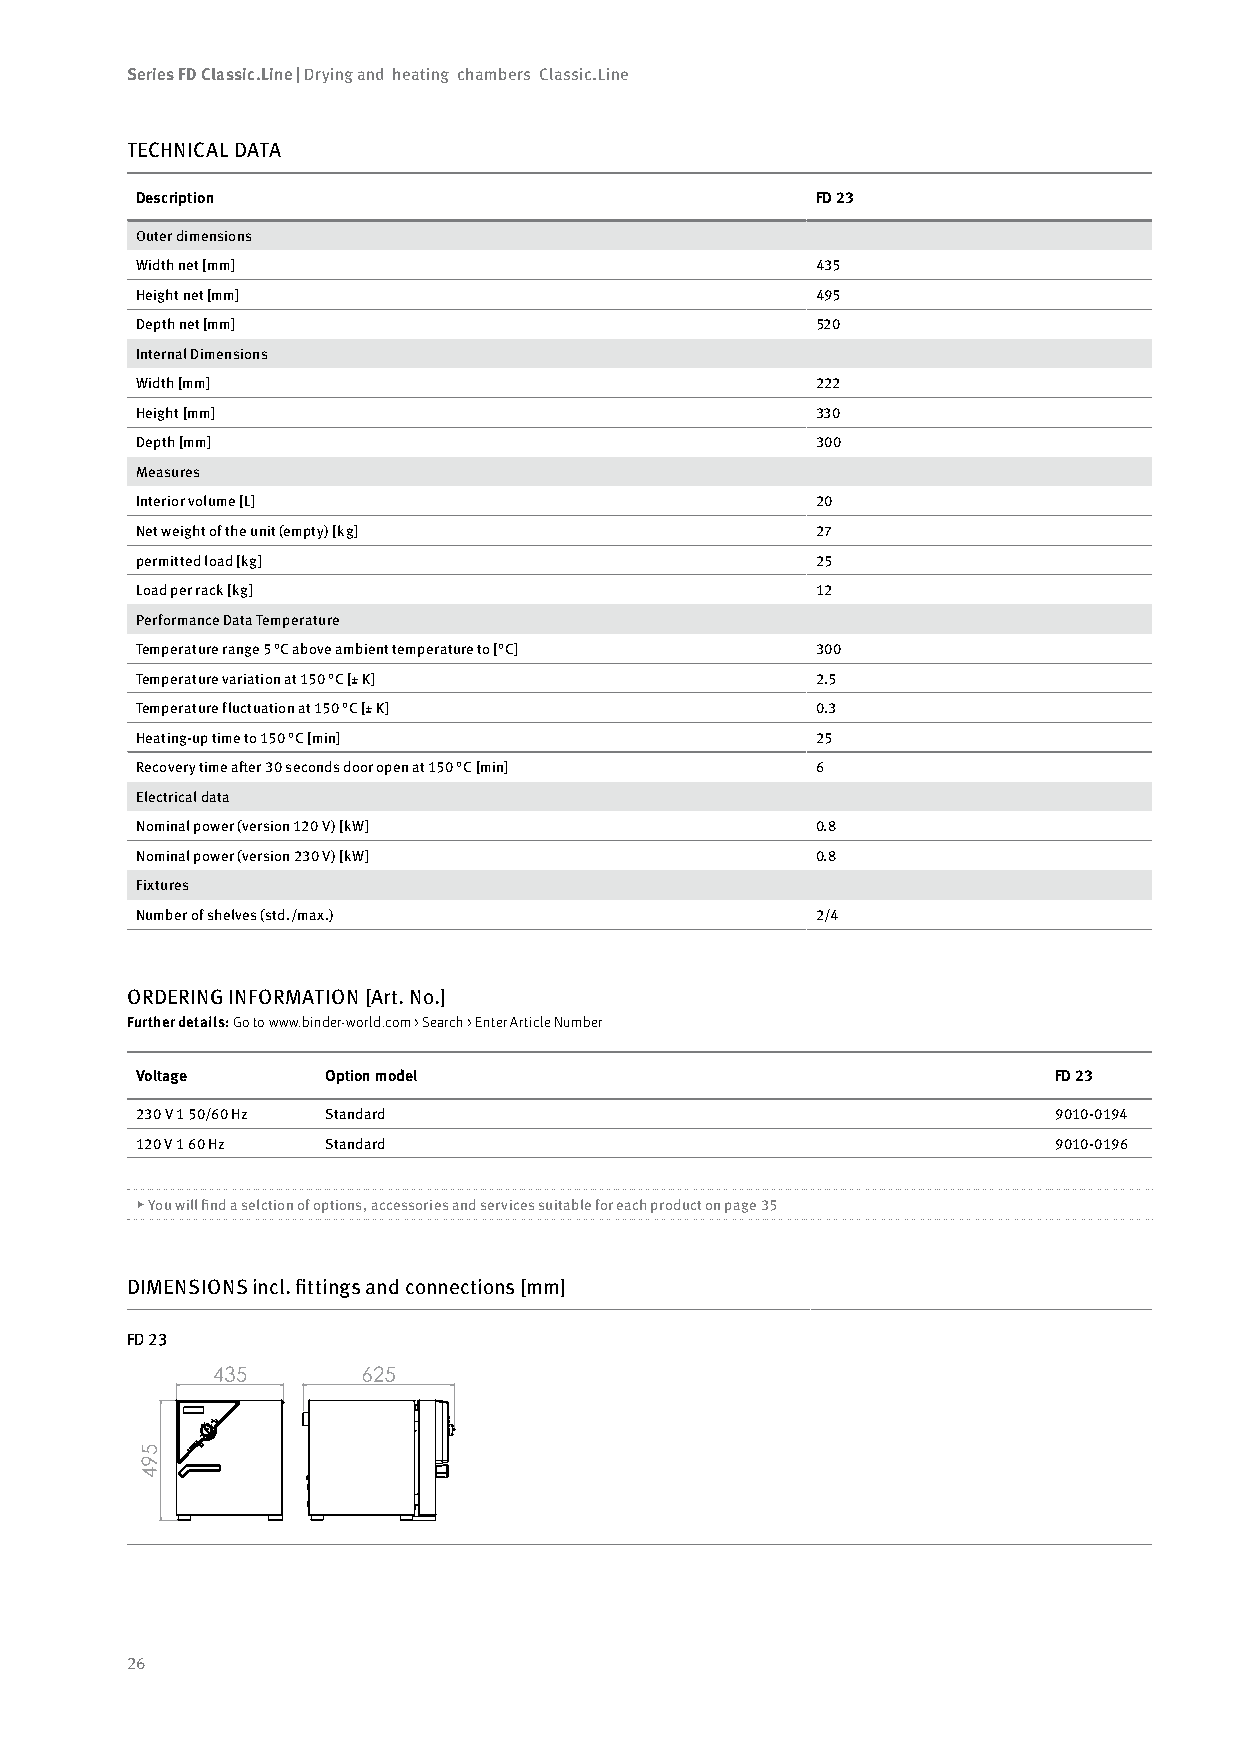
Series FD Classic.Line | Drying and heating chambers Classic.Line
 TECHNICAL DATA
 Description                                  FD 23
 Outer dimensions
 Width net [mm]                               435
 Height net [mm]                              495
 Depth net [mm]                               520
 Internal Dimensions
 Width [mm]                                   222
 Height [mm]                                  330
 Depth [mm]                                   300
 Measures
 Interior volume [L]                          20
 Net weight of the unit (empty) [kg]          27
 permitted load [kg]                          25
 Load per rack [kg]                           12
 Performance Data Temperature
 Temperature range 5 °C above ambient temperature to [°C] 300
 Temperature variation at 150 °C [± K]        2.5
 Temperature fluctuation at 150 °C [± K]      0.3
 Heating-up time to 150 °C [min]              25
 Recovery time after 30 seconds door open at 150 °C [min] 6
 Electrical data
 Nominal power (version 120 V) [kW]           0.8
 Nominal power (version 230 V) [kW]           0.8
 Fixtures
 Number of shelves (std./max.)                2/4
 ORDERING INFORMATION [Art. No.]
 Further details: Go to www.binder-world.com > Search > Enter Article Number
 Voltage      Option model                                    FD 23
 230 V 1 50/60 Hz Standard                                    9010-0194
 120 V 1 60 Hz Standard                                       9010-0196
 ▶ You will find a selction of options, accessories and services suitable for each product on page 35
 DIMENSIONS incl. fittings and connections [mm]
 FD 23
 26